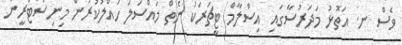
ވެސް ނ. އަތޮޅު މަދަރުސާގައި އިސްލާމް ޓީޗަރަކު ނެތް މައްސަލަ ހައްލުކުރަން މިނިސްޓްރީން